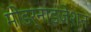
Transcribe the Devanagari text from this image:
मोडर्नाइज़ेशन